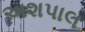
અશપાલ